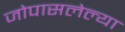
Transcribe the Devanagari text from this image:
जोपासलेल्या